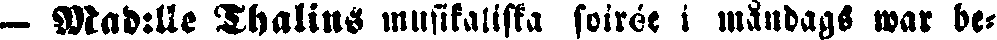
— Mad:lle Thalins musikaliska soirée i måndags war be-